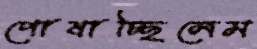
পোষাচ্ছিলেম